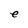
Character: e